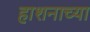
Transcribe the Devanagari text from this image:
हाशनाच्या